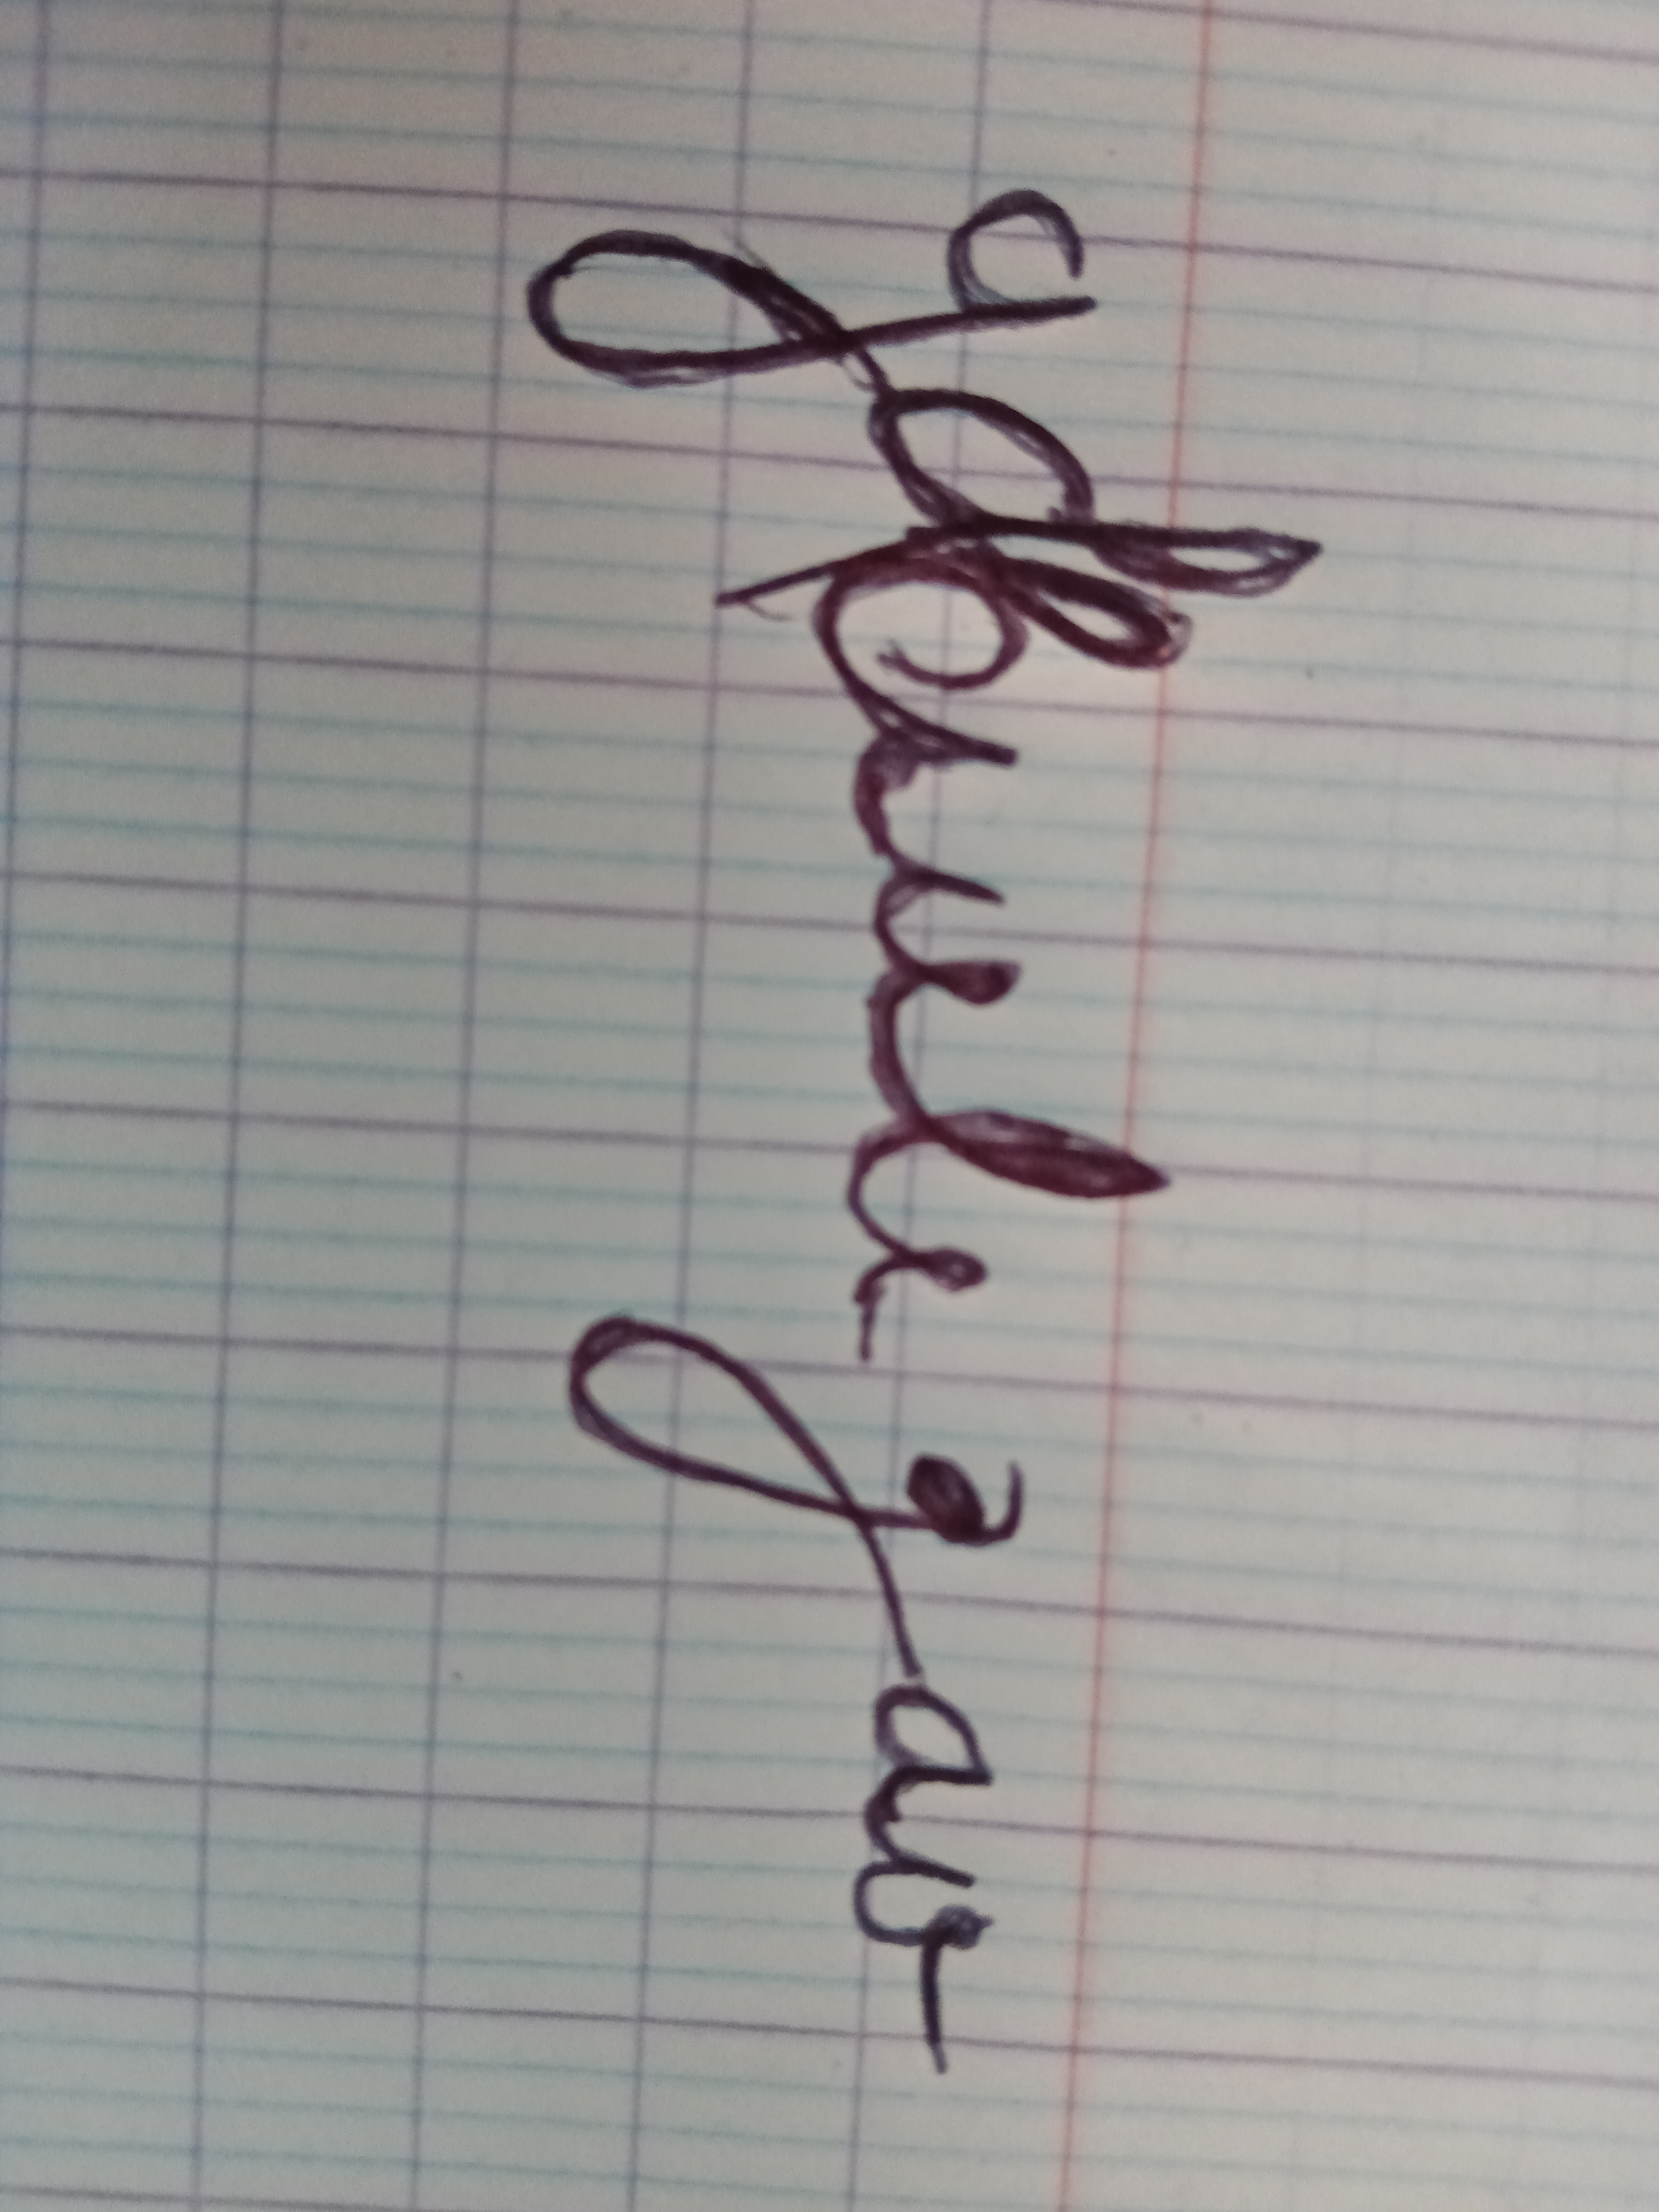
Signature authenticity: forged